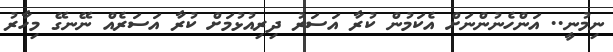
ނިމުނީ.. އަންހެނުންނަށް އެކަމުން ކުރާ އަސަރު ދިރިއުޅުމަށް ކުރާ އަސަރެއް ނޭނގޭ މިހާރު